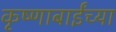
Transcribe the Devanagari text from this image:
कृष्णाबाईंच्या